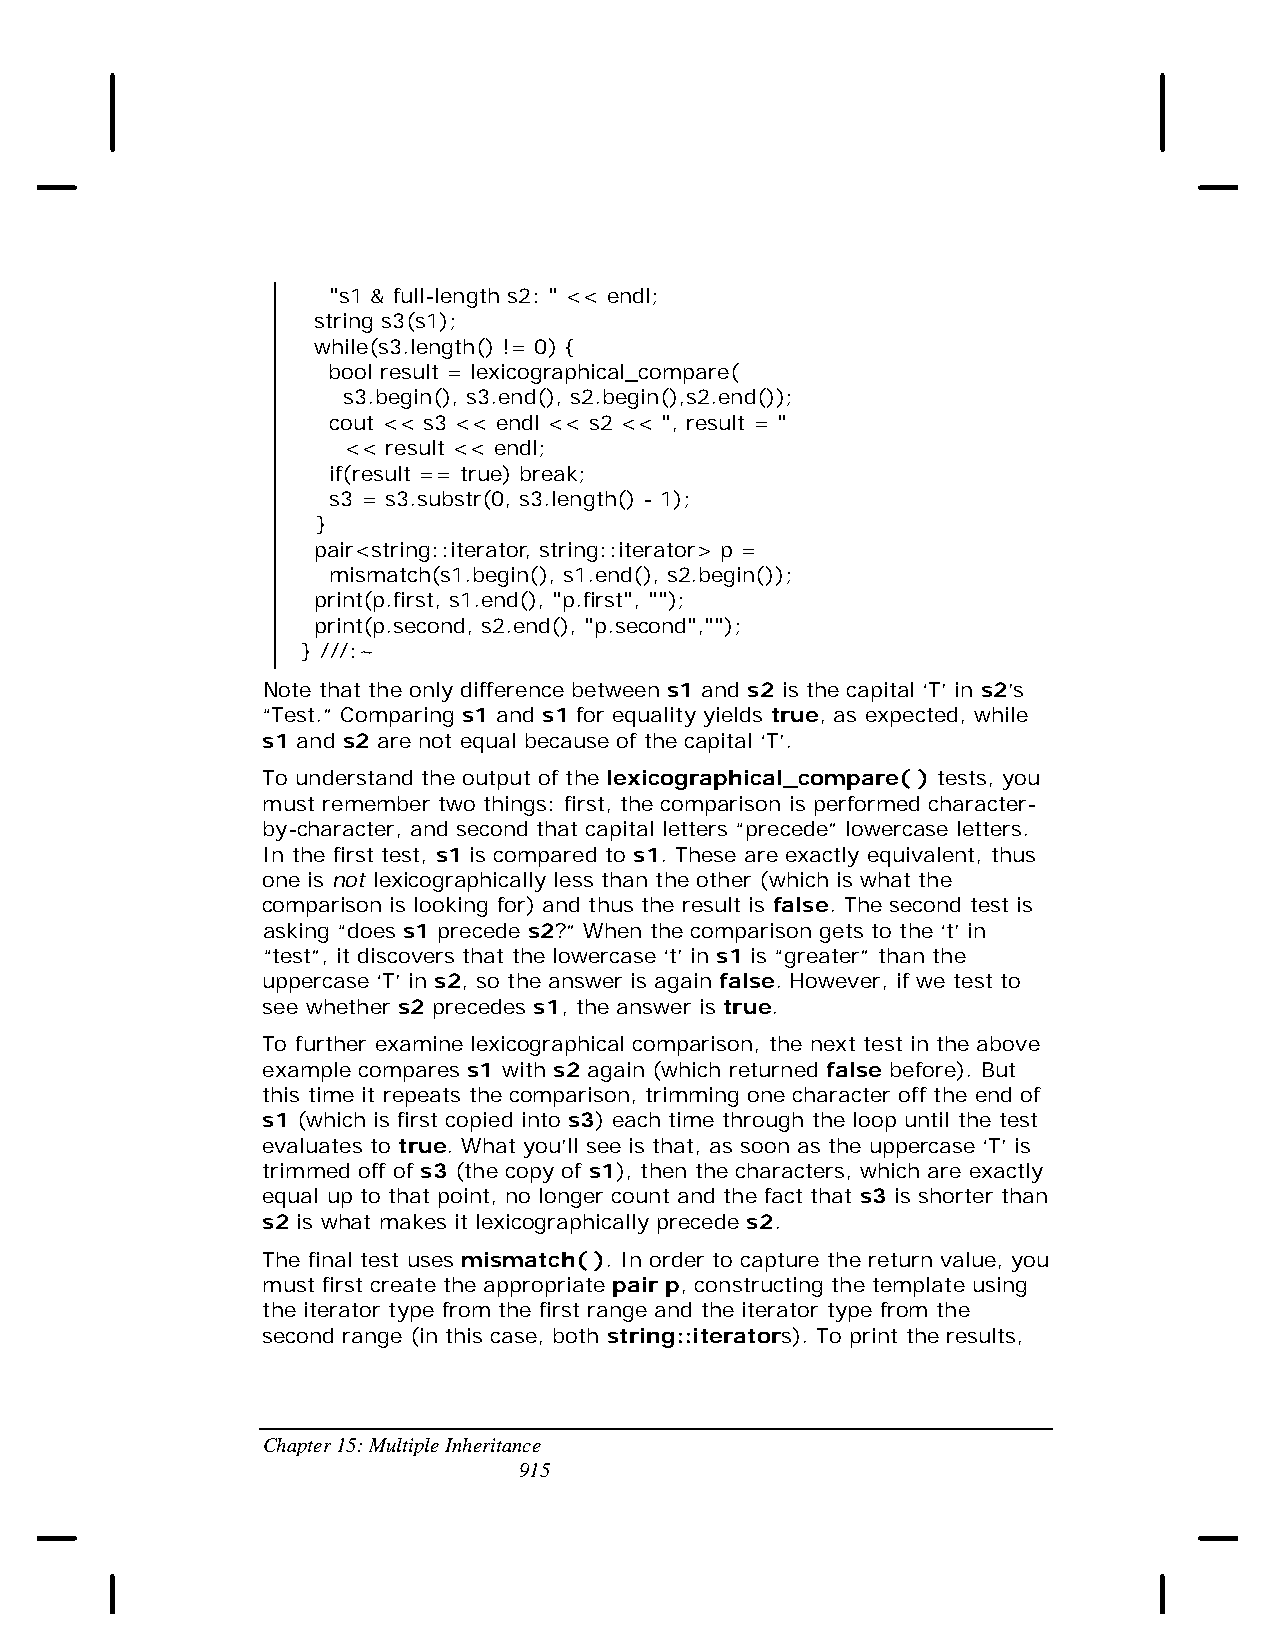
"s1 & full-length s2: " << endl;
 string s3(s1);
 while(s3.length() != 0) {
 bool result = lexicographical_compare(
 s3.begin(), s3.end(), s2.begin(),s2.end());
 cout << s3 << endl << s2 << ", result = "
 << result << endl;
 if(result == true) break;
 s3 = s3.substr(0, s3.length() - 1);
 }
 pair<string::iterator, string::iterator> p =
 mismatch(s1.begin(), s1.end(), s2.begin());
 print(p.first, s1.end(), "p.first", "");
 print(p.second, s2.end(), "p.second","");
 } ///:~
 Note that the only difference between s1 and s2 is the capital ‘T’ in s2’s
 “Test.” Comparing s1 and s1 for equality yields true, as expected, while
 s1 and s2 are not equal because of the capital ‘T’.
 To understand the output of the lexicographical_compare( ) tests, you
 must remember two things: first, the comparison is performed character-
 by-character, and second that capital letters “precede” lowercase letters.
 In the first test, s1 is compared to s1. These are exactly equivalent, thus
 one is not lexicographically less than the other (which is what the
 comparison is looking for) and thus the result is false. The second test is
 asking “does s1 precede s2?” When the comparison gets to the ‘t’ in
 “test”, it discovers that the lowercase ‘t’ in s1 is “greater” than the
 uppercase ‘T’ in s2, so the answer is again false. However, if we test to
 see whether s2 precedes s1, the answer is true.
 To further examine lexicographical comparison, the next test in the above
 example compares s1 with s2 again (which returned false before). But
 this time it repeats the comparison, trimming one character off the end of
 s1 (which is first copied into s3) each time through the loop until the test
 evaluates to true. What you’ll see is that, as soon as the uppercase ‘T’ is
 trimmed off of s3 (the copy of s1), then the characters, which are exactly
 equal up to that point, no longer count and the fact that s3 is shorter than
 s2 is what makes it lexicographically precede s2.
 The final test uses mismatch( ). In order to capture the return value, you
 must first create the appropriate pair p, constructing the template using
 the iterator type from the first range and the iterator type from the
 second range (in this case, both string::iterators). To print the results,
 Chapter 15: Multiple Inheritance
 915